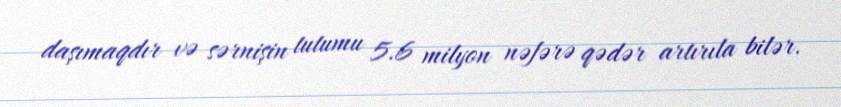
daşımaqdır və sərnişin tutumu 5.6 milyon nəfərə qədər artırıla bilər.